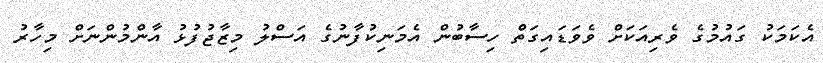
އެކަމަކު ގައުމުގެ ވެރިއަކަށް ވެވަޑައިގަތް ހިސާބުން އެމަނިކުފާނުގެ އަސްލު މިޒާޖުފުޅު އާންމުންނަށް މިހާރު